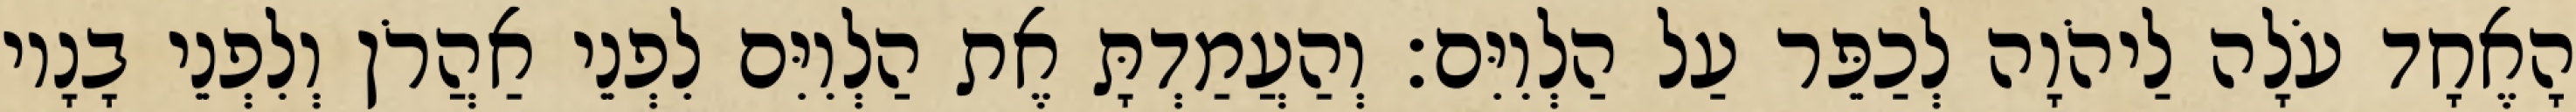
הָאֶחָד עֹלָה לַיהֹוָה לְכַפֵּר עַל הַלְוִיִּם׃ וְהַעֲמַדְתָּ אֶת הַלְוִיִּם לִפְנֵי אַהֲרֹן וְלִפְנֵי בָנָיו